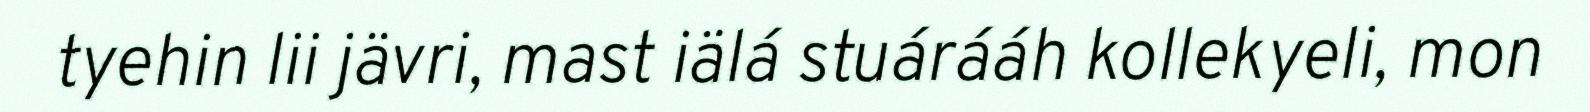
tyehin lii jävri, mast iälá stuárááh kollekyeli, mon